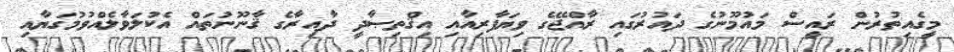
މީގެއިތުރުން ރައީސް މައުމޫނުގެ ދައުރުގައި ރާއްޖޭގެ ވިޔަފާރިއާއި އިޤްތިޞާދީ ދާއިރާގެ ޤާނޫނުތައް އެކުލަވާލެއްވުމުގަޔާއި